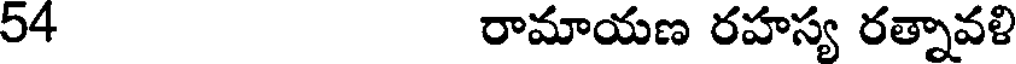
54 రామాయణ రహస్య రత్నావళి